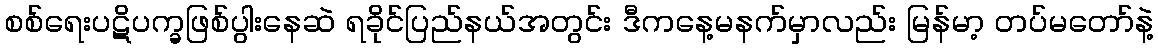
စစ်ရေးပဋိပက္ခဖြစ်ပွါးနေဆဲ ရခိုင်ပြည်နယ်အတွင်း ဒီကနေ့မနက်မှာလည်း မြန်မာ့ တပ်မတော်နဲ့